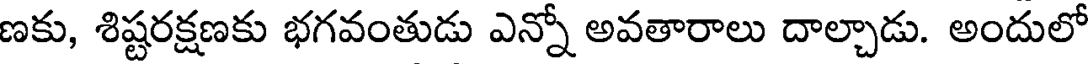
ణకు, శిష్టరక్షణకు భగవంతుడు ఎన్నో అవతారాలు దాల్చాడు. అందులో